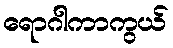
ရောဂါကာကွယ်